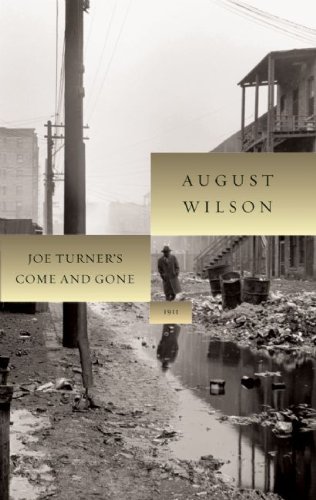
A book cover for Joe Turner's Come and Gone (August Wilson Century Cycle); August Wilson; Literature & Fiction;